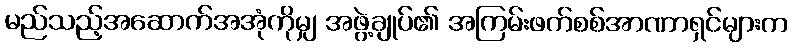
မည်သည့်အဆောက်အအုံကိုမျှ အဖွဲ့ချုပ်၏ အကြမ်းဖက်စစ်အာဏာရှင်များက